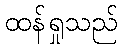
ထန်ရှုသည်